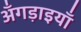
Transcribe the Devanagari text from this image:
अँगड़ाइयाँ